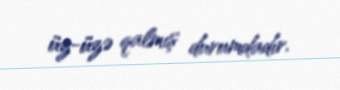
üz-üzə qalmış durumdadır.